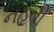
નહતી